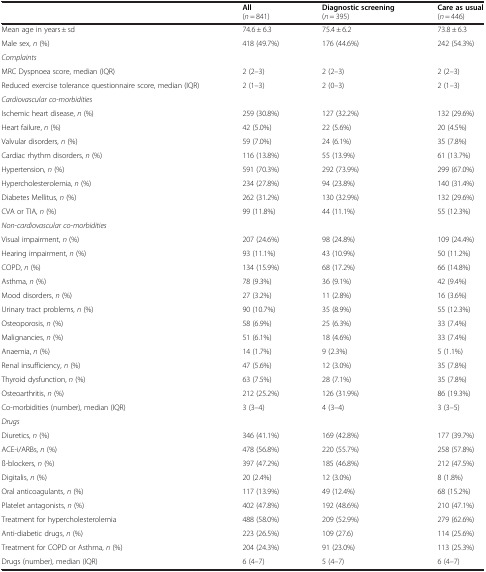
<table><thead><tr><td rowspan="2"><b> </b></td><td><b>All</b></td><td><b>Diagnostic screening</b></td><td><b>Care as usual</b></td></tr><tr><td><b>(<i>n</i> = 841)</b></td><td><b>(<i>n</i> = 395)</b></td><td><b>(<i>n</i> = 446)</b></td></tr></thead><tbody><tr><td>Mean age in years ± sd</td><td>74.6 ± 6.3</td><td>75.4 ± 6.2</td><td>73.8 ± 6.3</td></tr><tr><td>Male sex, <i>n</i> (%)</td><td>418 (49.7%)</td><td>176 (44.6%)</td><td>242 (54.3%)</td></tr><tr><td><i>Complaints</i></td><td> </td><td> </td><td> </td></tr><tr><td>MRC Dyspnoea score, median (IQR)</td><td>2 (2–3)</td><td>2 (2–3)</td><td>2 (2–3)</td></tr><tr><td>Reduced exercise tolerance questionnaire score, median (IQR)</td><td>2 (1–3)</td><td>2 (0–3)</td><td>2 (1–3)</td></tr><tr><td colspan="4"><i>Cardiovascular co-morbidities</i></td></tr><tr><td>Ischemic heart disease, <i>n</i> (%)</td><td>259 (30.8%)</td><td>127 (32.2%)</td><td>132 (29.6%)</td></tr><tr><td>Heart failure, <i>n</i> (%)</td><td>42 (5.0%)</td><td>22 (5.6%)</td><td>20 (4.5%)</td></tr><tr><td>Valvular disorders, <i>n</i> (%)</td><td>59 (7.0%)</td><td>24 (6.1%)</td><td>35 (7.8%)</td></tr><tr><td>Cardiac rhythm disorders, <i>n</i> (%)</td><td>116 (13.8%)</td><td>55 (13.9%)</td><td>61 (13.7%)</td></tr><tr><td>Hypertension, <i>n</i> (%)</td><td>591 (70.3%)</td><td>292 (73.9%)</td><td>299 (67.0%)</td></tr><tr><td>Hypercholesterolemia, <i>n</i> (%)</td><td>234 (27.8%)</td><td>94 (23.8%)</td><td>140 (31.4%)</td></tr><tr><td>Diabetes Mellitus, <i>n</i> (%)</td><td>262 (31.2%)</td><td>130 (32.9%)</td><td>132 (29.6%)</td></tr><tr><td>CVA or TIA, <i>n</i> (%)</td><td>99 (11.8%)</td><td>44 (11.1%)</td><td>55 (12.3%)</td></tr><tr><td colspan="4"><i>Non-cardiovascular co-morbidities</i></td></tr><tr><td>Visual impairment, <i>n</i> (%)</td><td>207 (24.6%)</td><td>98 (24.8%)</td><td>109 (24.4%)</td></tr><tr><td>Hearing impairment, <i>n</i> (%)</td><td>93 (11.1%)</td><td>43 (10.9%)</td><td>50 (11.2%)</td></tr><tr><td>COPD, <i>n</i> (%)</td><td>134 (15.9%)</td><td>68 (17.2%)</td><td>66 (14.8%)</td></tr><tr><td>Asthma, <i>n</i> (%)</td><td>78 (9.3%)</td><td>36 (9.1%)</td><td>42 (9.4%)</td></tr><tr><td>Mood disorders, <i>n</i> (%)</td><td>27 (3.2%)</td><td>11 (2.8%)</td><td>16 (3.6%)</td></tr><tr><td>Urinary tract problems, <i>n</i> (%)</td><td>90 (10.7%)</td><td>35 (8.9%)</td><td>55 (12.3%)</td></tr><tr><td>Osteoporosis, <i>n</i> (%)</td><td>58 (6.9%)</td><td>25 (6.3%)</td><td>33 (7.4%)</td></tr><tr><td>Malignancies, <i>n</i> (%)</td><td>51 (6.1%)</td><td>18 (4.6%)</td><td>33 (7.4%)</td></tr><tr><td>Anaemia, <i>n</i> (%)</td><td>14 (1.7%)</td><td>9 (2.3%)</td><td>5 (1.1%)</td></tr><tr><td>Renal insufficiency, <i>n</i> (%)</td><td>47 (5.6%)</td><td>12 (3.0%)</td><td>35 (7.8%)</td></tr><tr><td>Thyroid dysfunction, <i>n</i> (%)</td><td>63 (7.5%)</td><td>28 (7.1%)</td><td>35 (7.8%)</td></tr><tr><td>Osteoarthritis, <i>n</i> (%)</td><td>212 (25.2%)</td><td>126 (31.9%)</td><td>86 (19.3%)</td></tr><tr><td>Co-morbidities (number), median (IQR)</td><td>3 (3–4)</td><td>4 (3–4)</td><td>3 (3–5)</td></tr><tr><td colspan="4"><i>Drugs</i></td></tr><tr><td>Diuretics, <i>n</i> (%)</td><td>346 (41.1%)</td><td>169 (42.8%)</td><td>177 (39.7%)</td></tr><tr><td>ACE-i/ARBs, <i>n</i> (%)</td><td>478 (56.8%)</td><td>220 (55.7%)</td><td>258 (57.8%)</td></tr><tr><td>ß-blockers, <i>n</i> (%)</td><td>397 (47.2%)</td><td>185 (46.8%)</td><td>212 (47.5%)</td></tr><tr><td>Digitalis, <i>n</i> (%)</td><td>20 (2.4%)</td><td>12 (3.0%)</td><td>8 (1.8%)</td></tr><tr><td>Oral anticoagulants, <i>n</i> (%)</td><td>117 (13.9%)</td><td>49 (12.4%)</td><td>68 (15.2%)</td></tr><tr><td>Platelet antagonists, <i>n</i> (%)</td><td>402 (47.8%)</td><td>192 (48.6%)</td><td>210 (47.1%)</td></tr><tr><td>Treatment for hypercholesterolemia</td><td>488 (58.0%)</td><td>209 (52.9%)</td><td>279 (62.6%)</td></tr><tr><td>Anti-diabetic drugs, <i>n</i> (%)</td><td>223 (26.5%)</td><td>109 (27.6)</td><td>114 (25.6%)</td></tr><tr><td>Treatment for COPD or Asthma, <i>n</i> (%)</td><td>204 (24.3%)</td><td>91 (23.0%)</td><td>113 (25.3%)</td></tr><tr><td>Drugs (number), median (IQR)</td><td>6 (4–7)</td><td>5 (4–7)</td><td>6 (4–7)</td></tr></tbody></table>